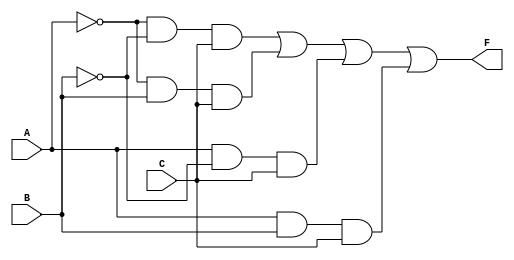
module kmap_3var (
    input wire A,  // Input A
    input wire B,  // Input B
    input wire C,  // Input C
    output wire F  // Output F
);

// Internal signals for the minterms
wire A_not, B_not, C_not;

// Inverting the inputs
not (A_not, A);
not (B_not, B);
not (C_not, C);

// Minterm expressions
wire m0 = A_not & B_not & C_not;  // A'B'C'
wire m1 = A_not & B_not & C;      // A'B'C
wire m2 = A_not & B & C_not;      // A'BC'
wire m3 = A_not & B & C;          // A'BC
wire m4 = A & B_not & C_not;      // AB'C'
wire m5 = A & B_not & C;          // AB'C
wire m6 = A & B & C_not;          // ABC'
wire m7 = A & B & C;              // ABC

// Output logic based on K-map grouping
assign F = m1 | m3 | m5 | m7;  // Simplified output based on K-map groups

endmodule